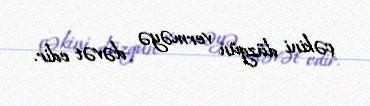
çəkini düzgün verməyə dəvət edir.